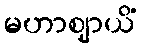
မဟာဈာယိံ